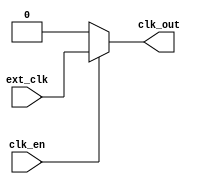
/*
 * MBus Copyright 2015 Regents of the University of Michigan
 *
 * Licensed under the Apache License, Version 2.0 (the "License");
 * you may not use this file except in compliance with the License.
 * You may obtain a copy of the License at
 *
 *     http://www.apache.org/licenses/LICENSE-2.0
 *
 * Unless required by applicable law or agreed to in writing, software
 * distributed under the License is distributed on an "AS IS" BASIS,
 * WITHOUT WARRANTIES OR CONDITIONS OF ANY KIND, either express or implied.
 * See the License for the specific language governing permissions and
 * limitations under the License.
 */

module mbus_clk_sim(
	input	ext_clk,	// generated from testbench, always ticking
	input	clk_en,		// from sleep controller
	output	reg clk_out	// to sleep controller, mbus
);

//assign clk_out = #5 (clk_en&ext_clk);

always @ *
begin
	if(clk_en)
		#3 clk_out <= #3 ext_clk;
	else
		#3 clk_out <= #3 1'b0;
end

endmodule